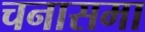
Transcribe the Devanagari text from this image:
चनासमा